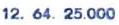
12. 64. 25.000